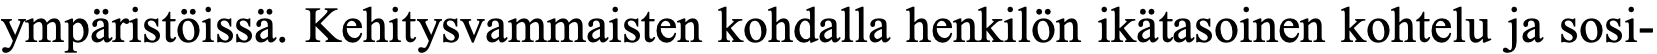
ympäristöissä. Kehitysvammaisten kohdalla henkilön ikätasoinen kohtelu ja sosi-